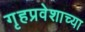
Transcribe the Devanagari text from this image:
गृहप्रवेशाच्या